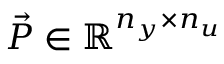
\vec { P } \in \mathbb R ^ { n _ { y } \times n _ { u } }